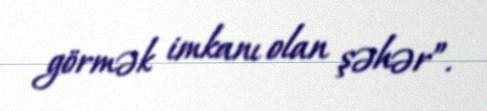
görmək imkanı olan şəhər”.